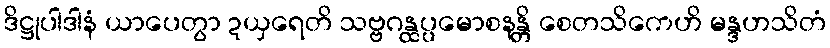
ဒိဋ္ဌုပါဒါနံ ယာပေတွာ ဍယှရေတိ သဗ္ဗဂန္ထပ္ပမောစနန္တိ စေတသိကေဟိ မန္ဒဟသိတံ